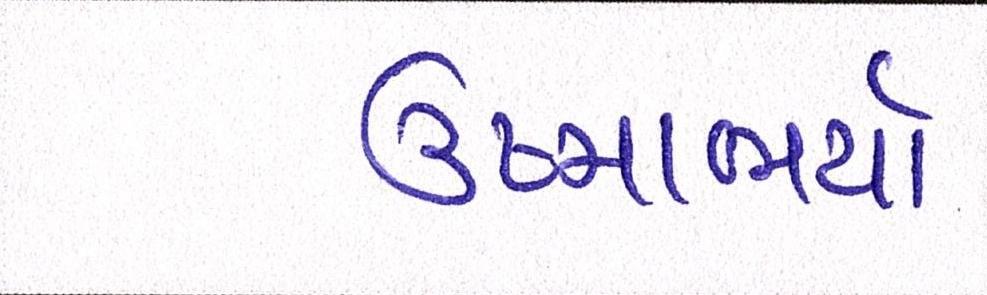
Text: ઉષ્માભર્યાં